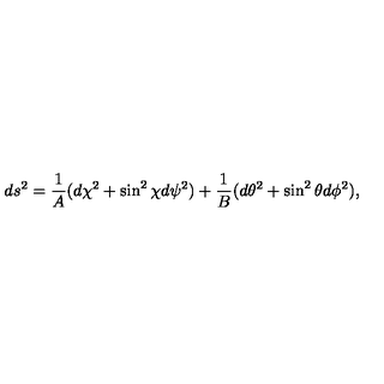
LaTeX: d s ^ { 2 } = { \frac { 1 } { A } } ( d \chi ^ { 2 } + \sin ^ { 2 } \chi d \psi ^ { 2 } ) + { \frac { 1 } { B } } ( d \theta ^ { 2 } + \sin ^ { 2 } \theta d \phi ^ { 2 } ) ,